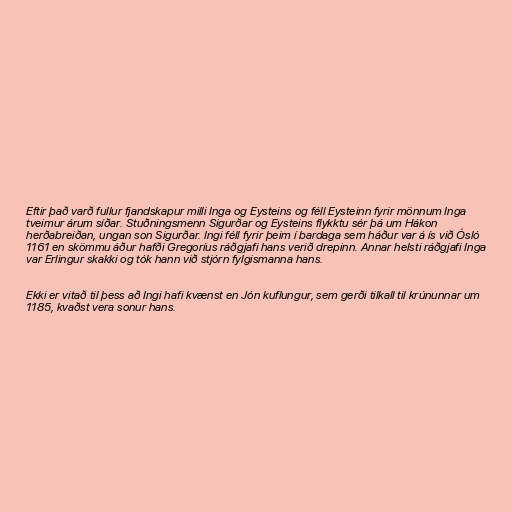
Eftir það varð fullur fjandskapur milli Inga og Eysteins og féll Eysteinn fyrir mönnum Inga
tveimur árum síðar. Stuðningsmenn Sigurðar og Eysteins flykktu sér þá um Hákon
herðabreiðan, ungan son Sigurðar. Ingi féll fyrir þeim í bardaga sem háður var á ís við Ósló
1161 en skömmu áður hafði Gregoríus ráðgjafi hans verið drepinn. Annar helsti ráðgjafi Inga
var Erlingur skakki og tók hann við stjórn fylgismanna hans.

Ekki er vitað til þess að Ingi hafi kvænst en Jón kuflungur, sem gerði tilkall til krúnunnar um
1185, kvaðst vera sonur hans.